Report on vaccination for the Province of Oudh 1872 -
Year: 1872
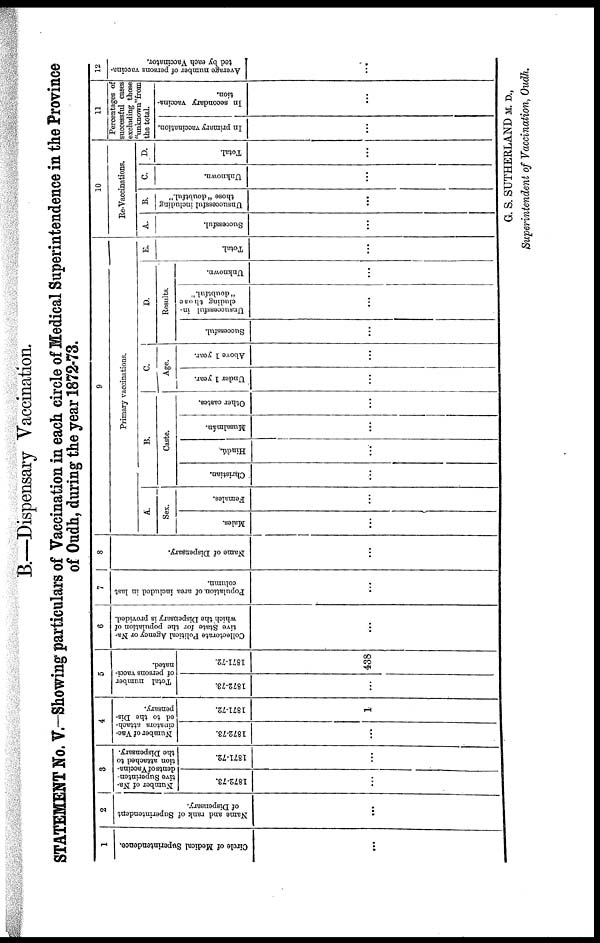
B.—Dispensary Vaccination.
STATEMENT No. V. — Showing particulars of Vaccination in each circle of Medical Superintendence in the Province
of Oudh, during the year 1872-73.
1
Circle of Medical Superintendence.
...
2
Name and rank of Superintendent
of Dispensary.
...
3
Number of Na-
tive Superinten-
dents of Vaccina-
tion attached to
the Dispensary.
1872-73.
...
1871-72.
4
Number of Vac¬
cinators attach-
ed to the Dis-
pensary.
1872-73.
...
1871-72.
1
5
Total number
of persons vacci-
nated.
1872-73.
...
1871-72.
438
6
Collectorate Political Agency or Na-
tive State for the population of
which the Dispensary is provided.
...
7
Population of area included in last
column.
...
8
Name of Dispensary.
...
9
Primary vaccinations.
A.
Sex.
Males.
...
Females.
...
B.
Caste.
Christian.
...
Hindú.
...
Musalmán.
...
Other castes.
...
C.
Age.
Under 1 year.
...
Above 1 year.
...
D.
Results.
Successful.
...
Unsuccessful in-
cluding those
"doubtful."
...
Unknown.
...
E.
Total.
...
10
Re-Vaccinations.
A.
Successful.
...
B.
Unsuccessful including
those "doubtful."
...
C.
Unknown.
...
D.
Total.
...
11
Percentages of
successful cases
excluding those
"unknown" from
the total.
In primary vaccination.
...
In secondary vaccina-
tion.
...
12
Average number of persons vaccina-
ted by each Vaccinator.
...
G. S. SUTHERLAND M. D.,
Superintendent of Vaccination, Oudh.